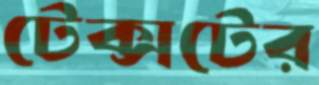
টেক্সটের